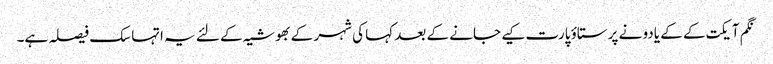
نگم آیکت کے کے یادو نے پرستاؤ پارت کیے جانے کے بعد کہا کی شہر کے بھوشیہ کے لئے یہ اتہاسک فیصلہ ہے۔